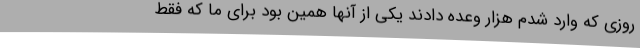
روزی که وارد شدم هزار وعده دادند یکی از آنها همین بود برای ما که فقط